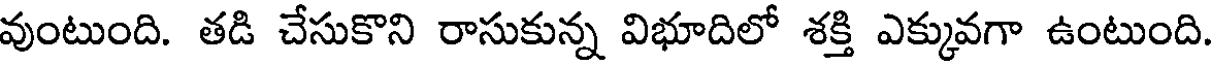
వుంటుంది. తడి చేసుకొని రాసుకున్న విభూదిలో శక్తి ఎక్కువగా ఉంటుంది.